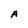
Character: A